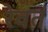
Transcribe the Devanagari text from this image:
रेवतं